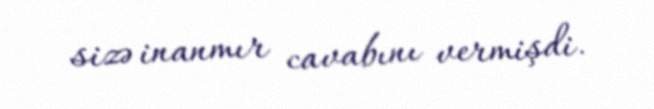
sizə inanmır cavabını vermişdi.